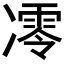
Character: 𪞮